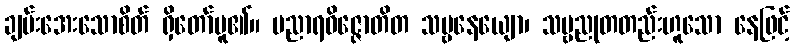
ချမ်းအေးသောစိတ် ရှိတော်မူ၏။ ပညာရဝိဇ္ဇောတိတ သဗ္ဗနေယျော၊ သဗ္ဗညုတတည်းဟူသော နေဖြင့်